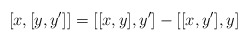
\begin{align*} [x,[y,y']] = [[x,y],y'] - [[x,y'],y]\end{align*}